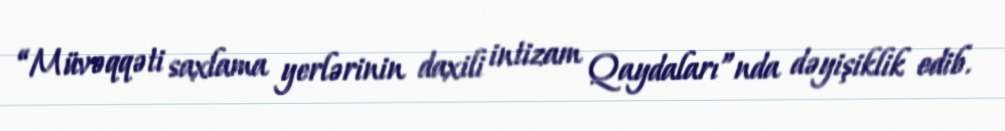
“Müvəqqəti saxlama yerlərinin daxili intizam Qaydaları”nda dəyişiklik edib.